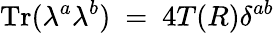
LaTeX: \mathrm{Tr}(\lambda^{a}\lambda^{b})~=~4T(R)\delta^{ab}